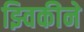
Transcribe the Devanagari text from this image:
झ्विकीने